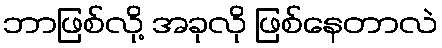
ဘာဖြစ်လို့ အခုလို ဖြစ်နေတာလဲ